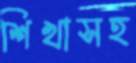
শিখাসহ